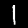
Digit: 1